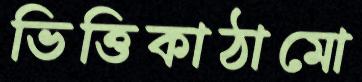
ভিত্তিকাঠামো